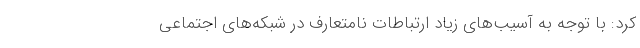
کرد: با توجه به آسیب‌های زیاد ارتباطات نامتعارف در شبکه‌های اجتماعی